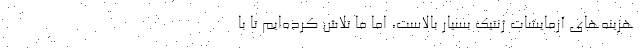
هزینه‌های آزمایشات ژنتیک بسیار بالاست، اما ما تلاش کرده‌ایم تا با